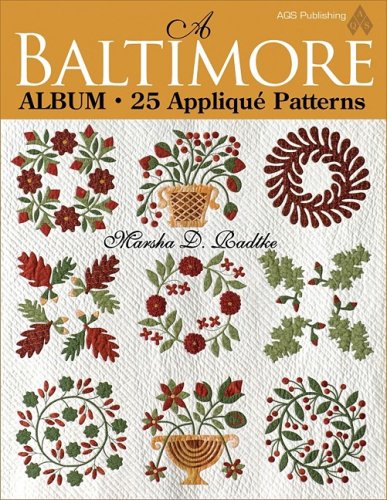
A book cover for A Baltimore Album: 25 Applique Patterns; Marsha D. Radtke; Crafts, Hobbies & Home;